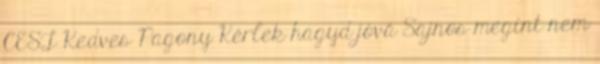
CEST Kedves Pagony Kérlek hagyd jóvá Sajnos megint nem